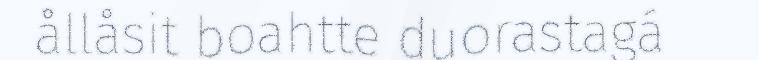
ållåsit boahtte duorastagá